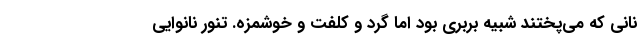
نانی که می‌پختند شبیه بربری بود اما گرد و کلفت و خوشمزه. تنور نانوایی